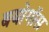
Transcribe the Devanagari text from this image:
बयोगॉस